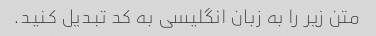
متن زیر را به زبان انگلیسی به کد تبدیل کنید.